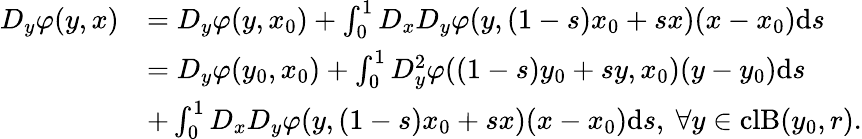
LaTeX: \begin{array}{rl}{D_{y}\varphi(y,x)}&{=D_{y}\varphi(y,x_{0})+\int_{0}^{1}D_{x}D_{y}\varphi(y,(1-s)x_{0}+sx)(x-x_{0})\mathrm{d}s}\\ &{=D_{y}\varphi(y_{0},x_{0})+\int_{0}^{1}D_{y}^{2}\varphi((1-s)y_{0}+sy,x_{0})(y-y_{0})\mathrm{d}s}\\ &{+\int_{0}^{1}D_{x}D_{y}\varphi(y,(1-s)x_{0}+sx)(x-x_{0})\mathrm{d}s,\ \forall y\in\mathrm{cl}\mathrm{B}(y_{0},r).}\end{array}